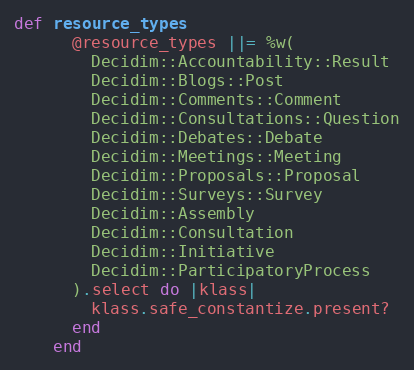
Language: Ruby
def resource_types
      @resource_types ||= %w(
        Decidim::Accountability::Result
        Decidim::Blogs::Post
        Decidim::Comments::Comment
        Decidim::Consultations::Question
        Decidim::Debates::Debate
        Decidim::Meetings::Meeting
        Decidim::Proposals::Proposal
        Decidim::Surveys::Survey
        Decidim::Assembly
        Decidim::Consultation
        Decidim::Initiative
        Decidim::ParticipatoryProcess
      ).select do |klass|
        klass.safe_constantize.present?
      end
    end